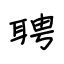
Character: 聘